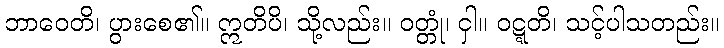
ဘာဝေတိ၊ ပွားစေ၏။ ဣတိပိ၊ သို့လည်း။ ဝတ္တုံ၊ ငှါ။ ဝဋ္ဋတိ၊ သင့်ပါသတည်း။